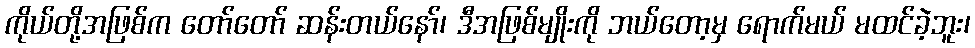
ကိုယ်တို့အဖြစ်က တော်တော် ဆန်းတယ်နော်၊ ဒီအဖြစ်မျိုးကို ဘယ်တော့မှ ရောက်မယ် မထင်ခဲ့ဘူး၊